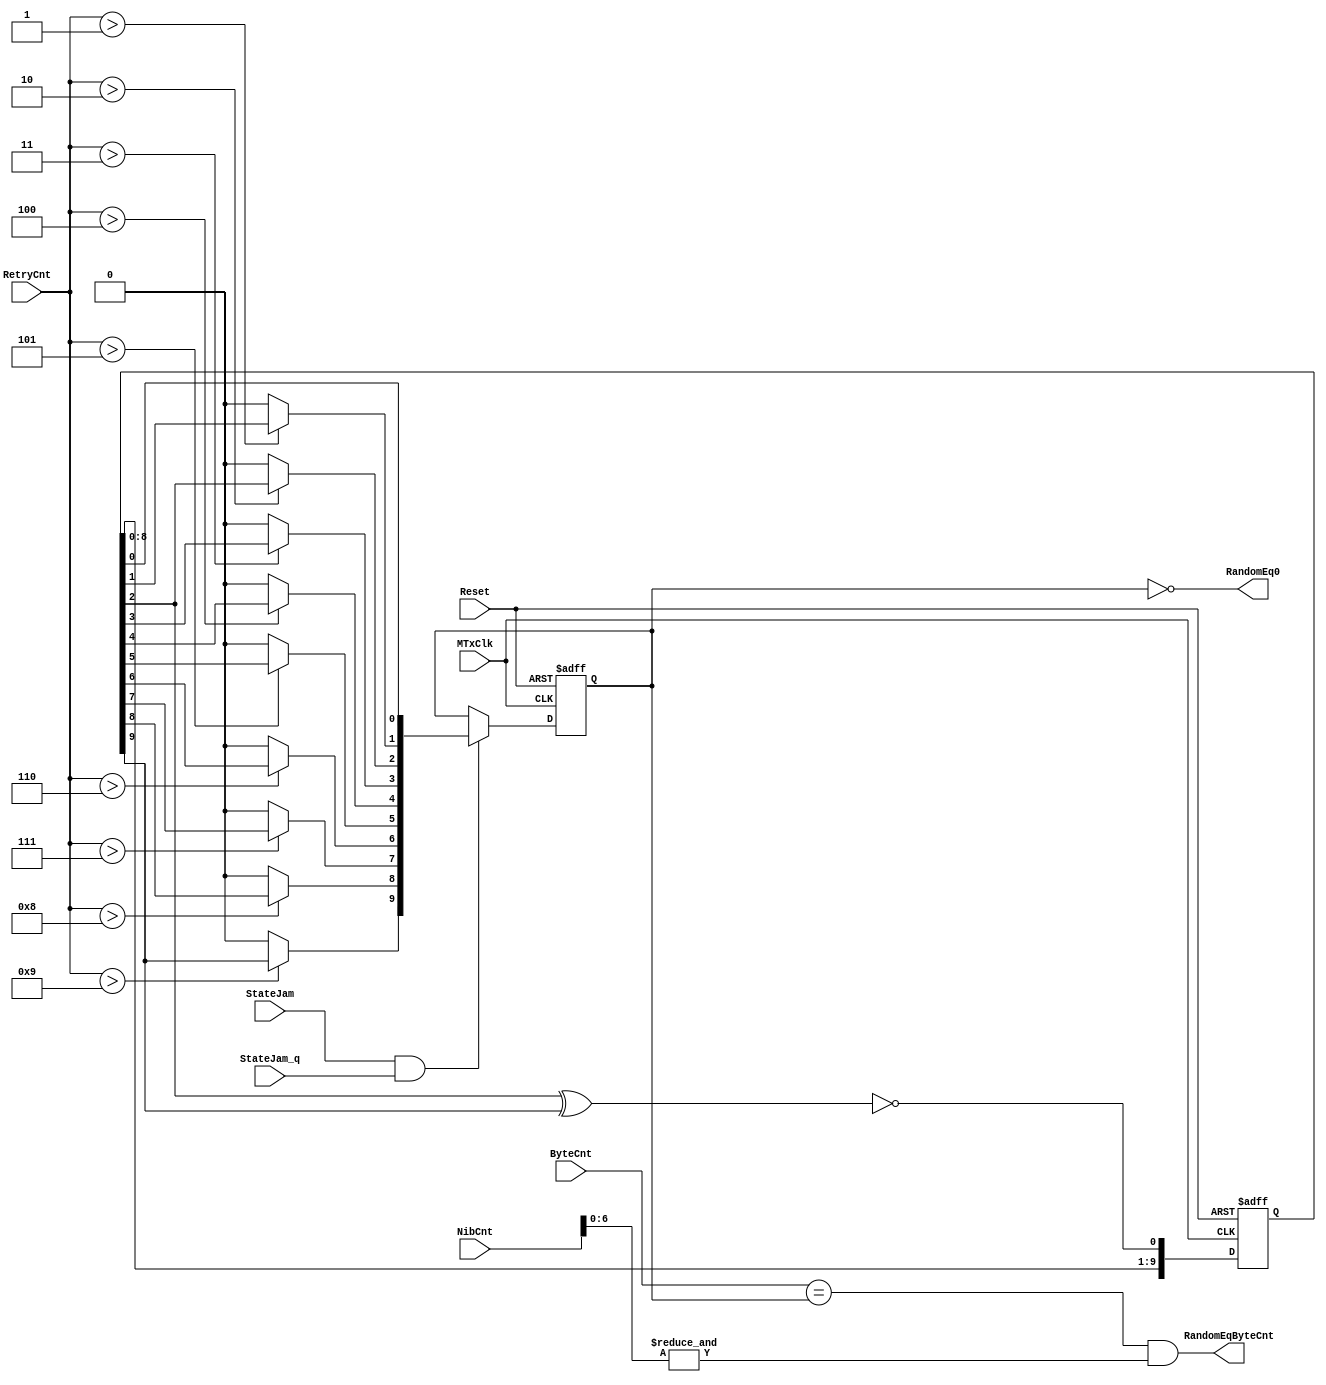
// This program was cloned from: https://github.com/NYU-MLDA/OpenABC
// License: BSD 3-Clause "New" or "Revised" License

module eth_random (MTxClk, Reset, StateJam, StateJam_q, RetryCnt, NibCnt, ByteCnt, 
                   RandomEq0, RandomEqByteCnt);

input MTxClk;
input Reset;
input StateJam;
input StateJam_q;
input [3:0] RetryCnt;
input [15:0] NibCnt;
input [9:0] ByteCnt;
output RandomEq0;
output RandomEqByteCnt;

wire Feedback;
reg [9:0] x;
wire [9:0] Random;
reg  [9:0] RandomLatched;


always @ (posedge MTxClk or posedge Reset)
begin
  if(Reset)
    x[9:0] <=  0;
  else
    x[9:0] <=  {x[8:0], Feedback};
end

assign Feedback = ~(x[2] ^ x[9]);

assign Random [0] = x[0];
assign Random [1] = (RetryCnt > 1) ? x[1] : 1'b0;
assign Random [2] = (RetryCnt > 2) ? x[2] : 1'b0;
assign Random [3] = (RetryCnt > 3) ? x[3] : 1'b0;
assign Random [4] = (RetryCnt > 4) ? x[4] : 1'b0;
assign Random [5] = (RetryCnt > 5) ? x[5] : 1'b0;
assign Random [6] = (RetryCnt > 6) ? x[6] : 1'b0;
assign Random [7] = (RetryCnt > 7) ? x[7] : 1'b0;
assign Random [8] = (RetryCnt > 8) ? x[8] : 1'b0;
assign Random [9] = (RetryCnt > 9) ? x[9] : 1'b0;


always @ (posedge MTxClk or posedge Reset)
begin
  if(Reset)
    RandomLatched <=  10'h000;
  else
    begin
      if(StateJam & StateJam_q)
        RandomLatched <=  Random;
    end
end

// Random Number == 0      IEEE 802.3 page 68. If 0 we go to defer and not to backoff.
assign RandomEq0 = RandomLatched == 10'h0; 

assign RandomEqByteCnt = ByteCnt[9:0] == RandomLatched & (&NibCnt[6:0]);

endmodule